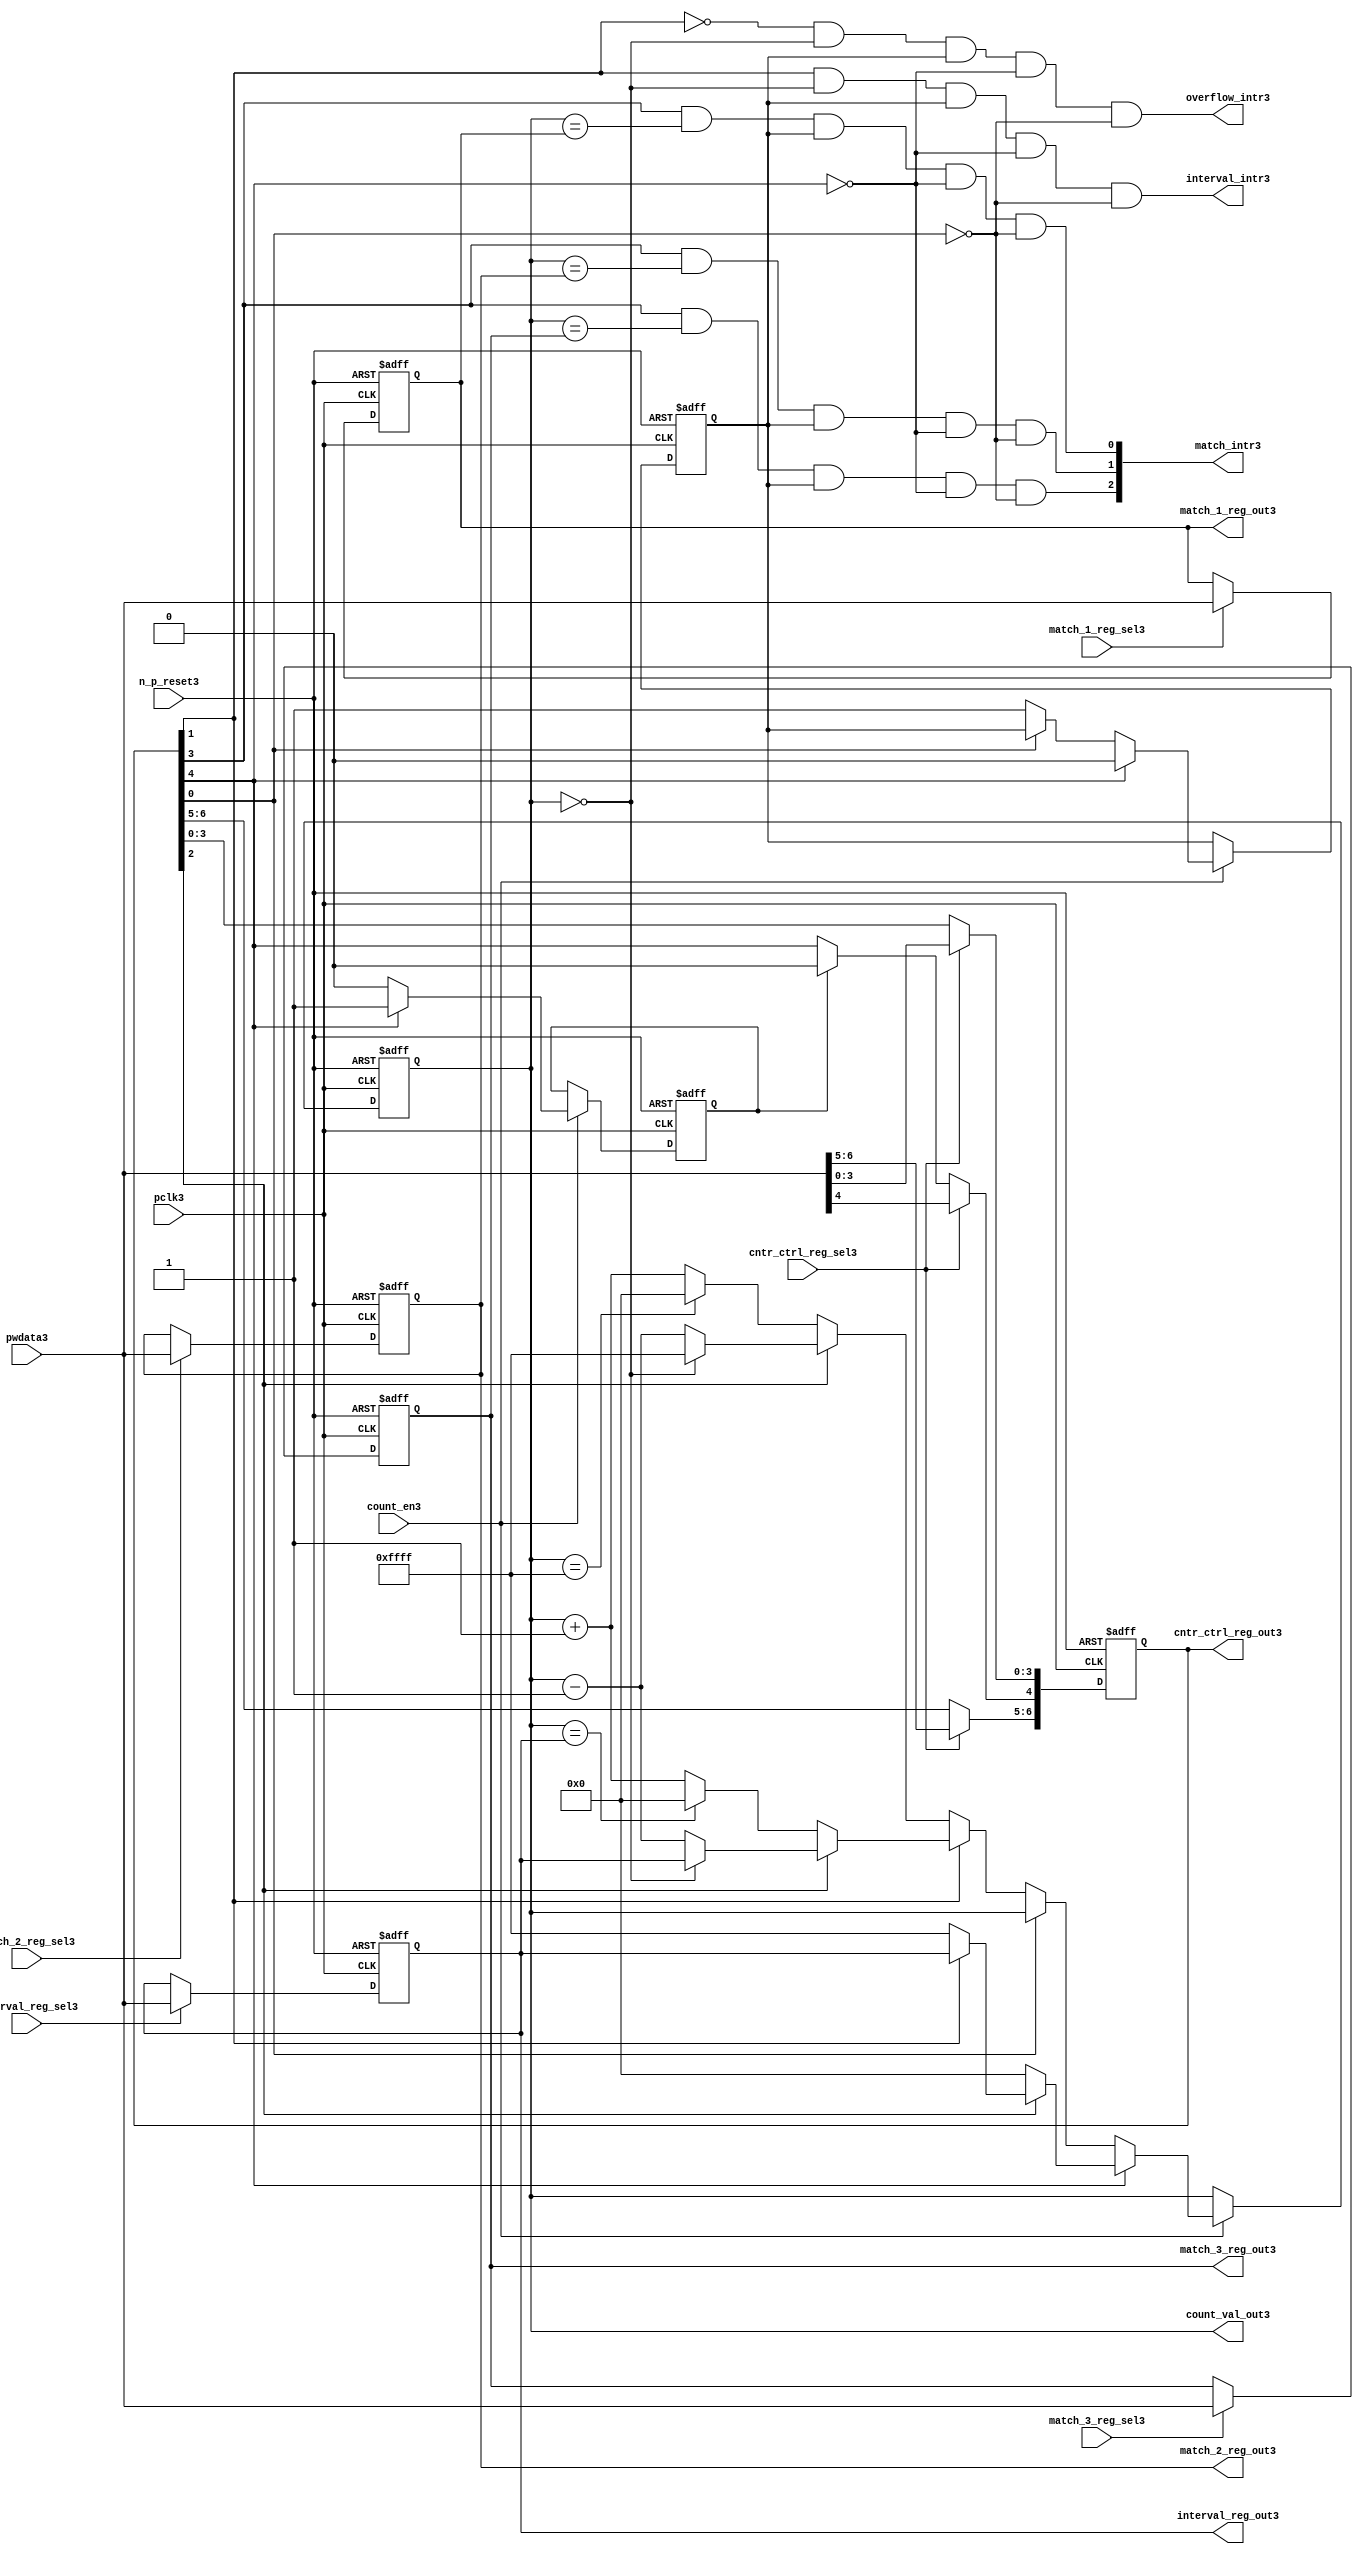
//File3 name   : ttc_counter_lite3.v
//Title3       : 
//Created3     : 1999
//Description3 :The counter can increment and decrement.
//   In increment mode instead of counting3 to its full 16 bit
//   value the counter counts3 up to or down from a programmed3 interval3 value.
//   Interrupts3 are issued3 when the counter overflows3 or reaches3 it's interval3
//   value. In match mode if the count value equals3 that stored3 in one of three3
//   match registers an interrupt3 is issued3.
//Notes3       : 
//----------------------------------------------------------------------
//   Copyright3 1999-2010 Cadence3 Design3 Systems3, Inc3.
//   All Rights3 Reserved3 Worldwide3
//
//   Licensed3 under the Apache3 License3, Version3 2.0 (the
//   "License3"); you may not use this file except3 in
//   compliance3 with the License3.  You may obtain3 a copy of
//   the License3 at
//
//       http3://www3.apache3.org3/licenses3/LICENSE3-2.0
//
//   Unless3 required3 by applicable3 law3 or agreed3 to in
//   writing, software3 distributed3 under the License3 is
//   distributed3 on an "AS3 IS3" BASIS3, WITHOUT3 WARRANTIES3 OR3
//   CONDITIONS3 OF3 ANY3 KIND3, either3 express3 or implied3.  See
//   the License3 for the specific3 language3 governing3
//   permissions3 and limitations3 under the License3.
//----------------------------------------------------------------------
//


module ttc_counter_lite3(

  //inputs3
  n_p_reset3,    
  pclk3,          
  pwdata3,              
  count_en3,
  cntr_ctrl_reg_sel3, 
  interval_reg_sel3,
  match_1_reg_sel3,
  match_2_reg_sel3,
  match_3_reg_sel3,         

  //outputs3    
  count_val_out3,
  cntr_ctrl_reg_out3,
  interval_reg_out3,
  match_1_reg_out3,
  match_2_reg_out3,
  match_3_reg_out3,
  interval_intr3,
  match_intr3,
  overflow_intr3

);


//--------------------------------------------------------------------
// PORT DECLARATIONS3
//--------------------------------------------------------------------

   //inputs3
   input          n_p_reset3;         //reset signal3
   input          pclk3;              //System3 Clock3
   input [15:0]   pwdata3;            //6 Bit3 data signal3
   input          count_en3;          //Count3 enable signal3
   input          cntr_ctrl_reg_sel3; //Select3 bit for ctrl_reg3
   input          interval_reg_sel3;  //Interval3 Select3 Register
   input          match_1_reg_sel3;   //Match3 1 Select3 register
   input          match_2_reg_sel3;   //Match3 2 Select3 register
   input          match_3_reg_sel3;   //Match3 3 Select3 register

   //outputs3
   output [15:0]  count_val_out3;        //Value for counter reg
   output [6:0]   cntr_ctrl_reg_out3;    //Counter3 control3 reg select3
   output [15:0]  interval_reg_out3;     //Interval3 reg
   output [15:0]  match_1_reg_out3;      //Match3 1 register
   output [15:0]  match_2_reg_out3;      //Match3 2 register
   output [15:0]  match_3_reg_out3;      //Match3 3 register
   output         interval_intr3;        //Interval3 interrupt3
   output [3:1]   match_intr3;           //Match3 interrupt3
   output         overflow_intr3;        //Overflow3 interrupt3

//--------------------------------------------------------------------
// Internal Signals3 & Registers3
//--------------------------------------------------------------------

   reg [6:0]      cntr_ctrl_reg3;     // 5-bit Counter3 Control3 Register
   reg [15:0]     interval_reg3;      //16-bit Interval3 Register 
   reg [15:0]     match_1_reg3;       //16-bit Match_13 Register
   reg [15:0]     match_2_reg3;       //16-bit Match_23 Register
   reg [15:0]     match_3_reg3;       //16-bit Match_33 Register
   reg [15:0]     count_val3;         //16-bit counter value register
                                                                      
   
   reg            counting3;          //counter has starting counting3
   reg            restart_temp3;   //ensures3 soft3 reset lasts3 1 cycle    
   
   wire [6:0]     cntr_ctrl_reg_out3; //7-bit Counter3 Control3 Register
   wire [15:0]    interval_reg_out3;  //16-bit Interval3 Register 
   wire [15:0]    match_1_reg_out3;   //16-bit Match_13 Register
   wire [15:0]    match_2_reg_out3;   //16-bit Match_23 Register
   wire [15:0]    match_3_reg_out3;   //16-bit Match_33 Register
   wire [15:0]    count_val_out3;     //16-bit counter value register

//-------------------------------------------------------------------
// Assign3 output wires3
//-------------------------------------------------------------------

   assign cntr_ctrl_reg_out3 = cntr_ctrl_reg3;    // 7-bit Counter3 Control3
   assign interval_reg_out3  = interval_reg3;     // 16-bit Interval3
   assign match_1_reg_out3   = match_1_reg3;      // 16-bit Match_13
   assign match_2_reg_out3   = match_2_reg3;      // 16-bit Match_23 
   assign match_3_reg_out3   = match_3_reg3;      // 16-bit Match_33 
   assign count_val_out3     = count_val3;        // 16-bit counter value
   
//--------------------------------------------------------------------
// Assigning3 interrupts3
//--------------------------------------------------------------------

   assign interval_intr3 =  cntr_ctrl_reg3[1] & (count_val3 == 16'h0000)
      & (counting3) & ~cntr_ctrl_reg3[4] & ~cntr_ctrl_reg3[0];
   assign overflow_intr3 = ~cntr_ctrl_reg3[1] & (count_val3 == 16'h0000)
      & (counting3) & ~cntr_ctrl_reg3[4] & ~cntr_ctrl_reg3[0];
   assign match_intr3[1]  =  cntr_ctrl_reg3[3] & (count_val3 == match_1_reg3)
      & (counting3) & ~cntr_ctrl_reg3[4] & ~cntr_ctrl_reg3[0];
   assign match_intr3[2]  =  cntr_ctrl_reg3[3] & (count_val3 == match_2_reg3)
      & (counting3) & ~cntr_ctrl_reg3[4] & ~cntr_ctrl_reg3[0];
   assign match_intr3[3]  =  cntr_ctrl_reg3[3] & (count_val3 == match_3_reg3)
      & (counting3) & ~cntr_ctrl_reg3[4] & ~cntr_ctrl_reg3[0];


//    p_reg_ctrl3: Process3 to write to the counter control3 registers
//    cntr_ctrl_reg3 decode:  0 - Counter3 Enable3 Active3 Low3
//                           1 - Interval3 Mode3 =1, Overflow3 =0
//                           2 - Decrement3 Mode3
//                           3 - Match3 Mode3
//                           4 - Restart3
//                           5 - Waveform3 enable active low3
//                           6 - Waveform3 polarity3
   
   always @ (posedge pclk3 or negedge n_p_reset3)
   begin: p_reg_ctrl3  // Register writes
      
      if (!n_p_reset3)                                   
      begin                                     
         cntr_ctrl_reg3 <= 7'b0000001;
         interval_reg3  <= 16'h0000;
         match_1_reg3   <= 16'h0000;
         match_2_reg3   <= 16'h0000;
         match_3_reg3   <= 16'h0000;  
      end    
      else 
      begin
         if (cntr_ctrl_reg_sel3)
            cntr_ctrl_reg3 <= pwdata3[6:0];
         else if (restart_temp3)
            cntr_ctrl_reg3[4]  <= 1'b0;    
         else 
            cntr_ctrl_reg3 <= cntr_ctrl_reg3;             

         interval_reg3  <= (interval_reg_sel3) ? pwdata3 : interval_reg3;
         match_1_reg3   <= (match_1_reg_sel3)  ? pwdata3 : match_1_reg3;
         match_2_reg3   <= (match_2_reg_sel3)  ? pwdata3 : match_2_reg3;
         match_3_reg3   <= (match_3_reg_sel3)  ? pwdata3 : match_3_reg3;   
      end
      
   end  //p_reg_ctrl3

   
//    p_cntr3: Process3 to increment or decrement the counter on receiving3 a 
//            count_en3 signal3 from the pre_scaler3. Count3 can be restarted3
//            or disabled and can overflow3 at a specified interval3 value.
   
   
   always @ (posedge pclk3 or negedge n_p_reset3)
   begin: p_cntr3   // Counter3 block

      if (!n_p_reset3)     //System3 Reset3
      begin                     
         count_val3 <= 16'h0000;
         counting3  <= 1'b0;
         restart_temp3 <= 1'b0;
      end
      else if (count_en3)
      begin
         
         if (cntr_ctrl_reg3[4])     //Restart3
         begin     
            if (~cntr_ctrl_reg3[2])  
               count_val3         <= 16'h0000;
            else
            begin
              if (cntr_ctrl_reg3[1])
                 count_val3         <= interval_reg3;     
              else
                 count_val3         <= 16'hFFFF;     
            end
            counting3       <= 1'b0;
            restart_temp3   <= 1'b1;

         end
         else 
         begin
            if (!cntr_ctrl_reg3[0])          //Low3 Active3 Counter3 Enable3
            begin

               if (cntr_ctrl_reg3[1])  //Interval3               
                  if (cntr_ctrl_reg3[2])  //Decrement3        
                  begin
                     if (count_val3 == 16'h0000)
                        count_val3 <= interval_reg3;  //Assumed3 Static3
                     else
                        count_val3 <= count_val3 - 16'h0001;
                  end
                  else                   //Increment3
                  begin
                     if (count_val3 == interval_reg3)
                        count_val3 <= 16'h0000;
                     else           
                        count_val3 <= count_val3 + 16'h0001;
                  end
               else    
               begin  //Overflow3
                  if (cntr_ctrl_reg3[2])   //Decrement3
                  begin
                     if (count_val3 == 16'h0000)
                        count_val3 <= 16'hFFFF;
                     else           
                        count_val3 <= count_val3 - 16'h0001;
                  end
                  else                    //Increment3
                  begin
                     if (count_val3 == 16'hFFFF)
                        count_val3 <= 16'h0000;
                     else           
                        count_val3 <= count_val3 + 16'h0001;
                  end 
               end
               counting3  <= 1'b1;
            end     
            else
               count_val3 <= count_val3;   //Disabled3
   
            restart_temp3 <= 1'b0;
      
         end
     
      end // if (count_en3)

      else
      begin
         count_val3    <= count_val3;
         counting3     <= counting3;
         restart_temp3 <= restart_temp3;               
      end
     
   end  //p_cntr3

endmodule